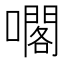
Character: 𡁤